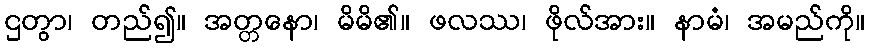
ဌတွာ၊ တည်၍။ အတ္တနော၊ မိမိ၏။ ဖလဿ၊ ဖိုလ်အား။ နာမံ၊ အမည်ကို။